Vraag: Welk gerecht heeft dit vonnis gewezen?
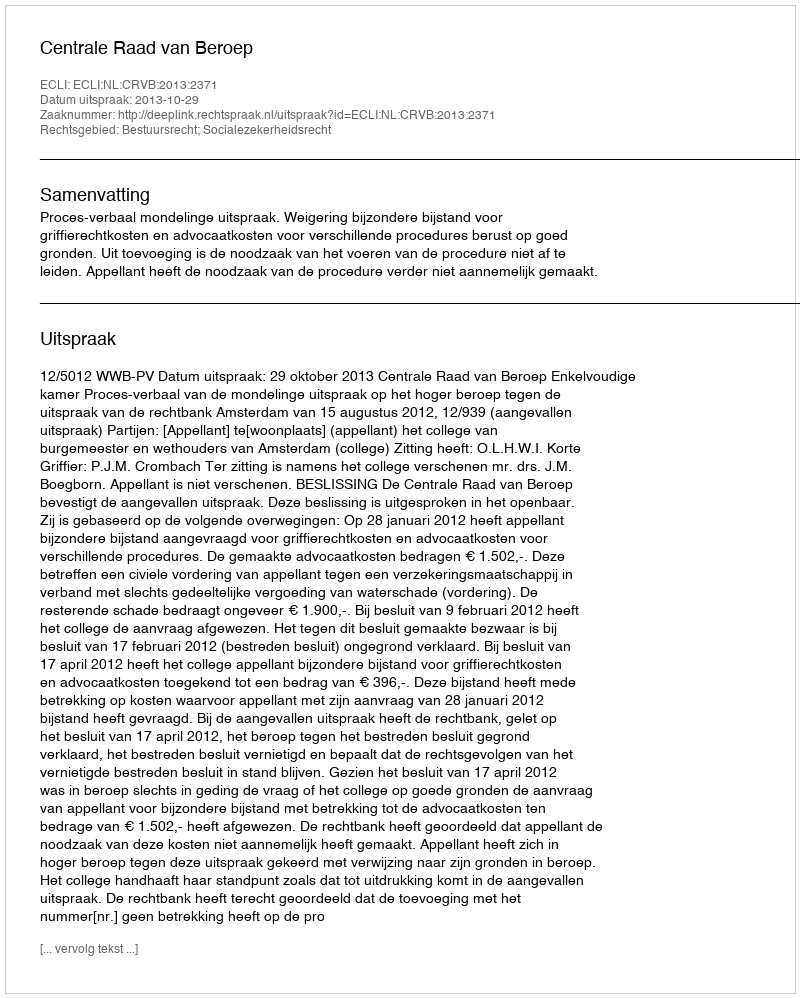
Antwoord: Centrale Raad van Beroep